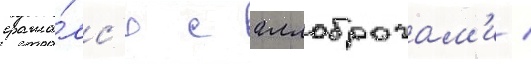
сража́лс'я с аллоброгам'и /